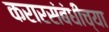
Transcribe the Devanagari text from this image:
करारसंबंधीच्या